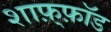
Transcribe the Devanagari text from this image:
शाफ़्फ़ॉड